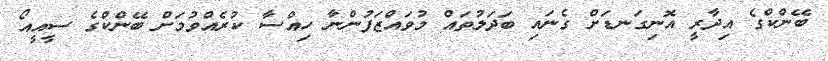
ބޭންކްގެ އިދާރީ އޮނިގަނޑަށް ގެނައި ބަދަލުތައް މުވައްޒަފުންނާ ހިއްސާ ކުރެއްވުމަށް ބޭންކްގެ ސީއީއޯ